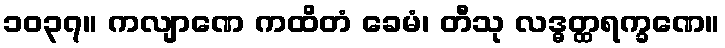
၁၀၃၇။ ကလျာဏေ ကထိတံ ခေမံ၊ တီသု လဒ္ဓတ္ထရက္ခဏေ။